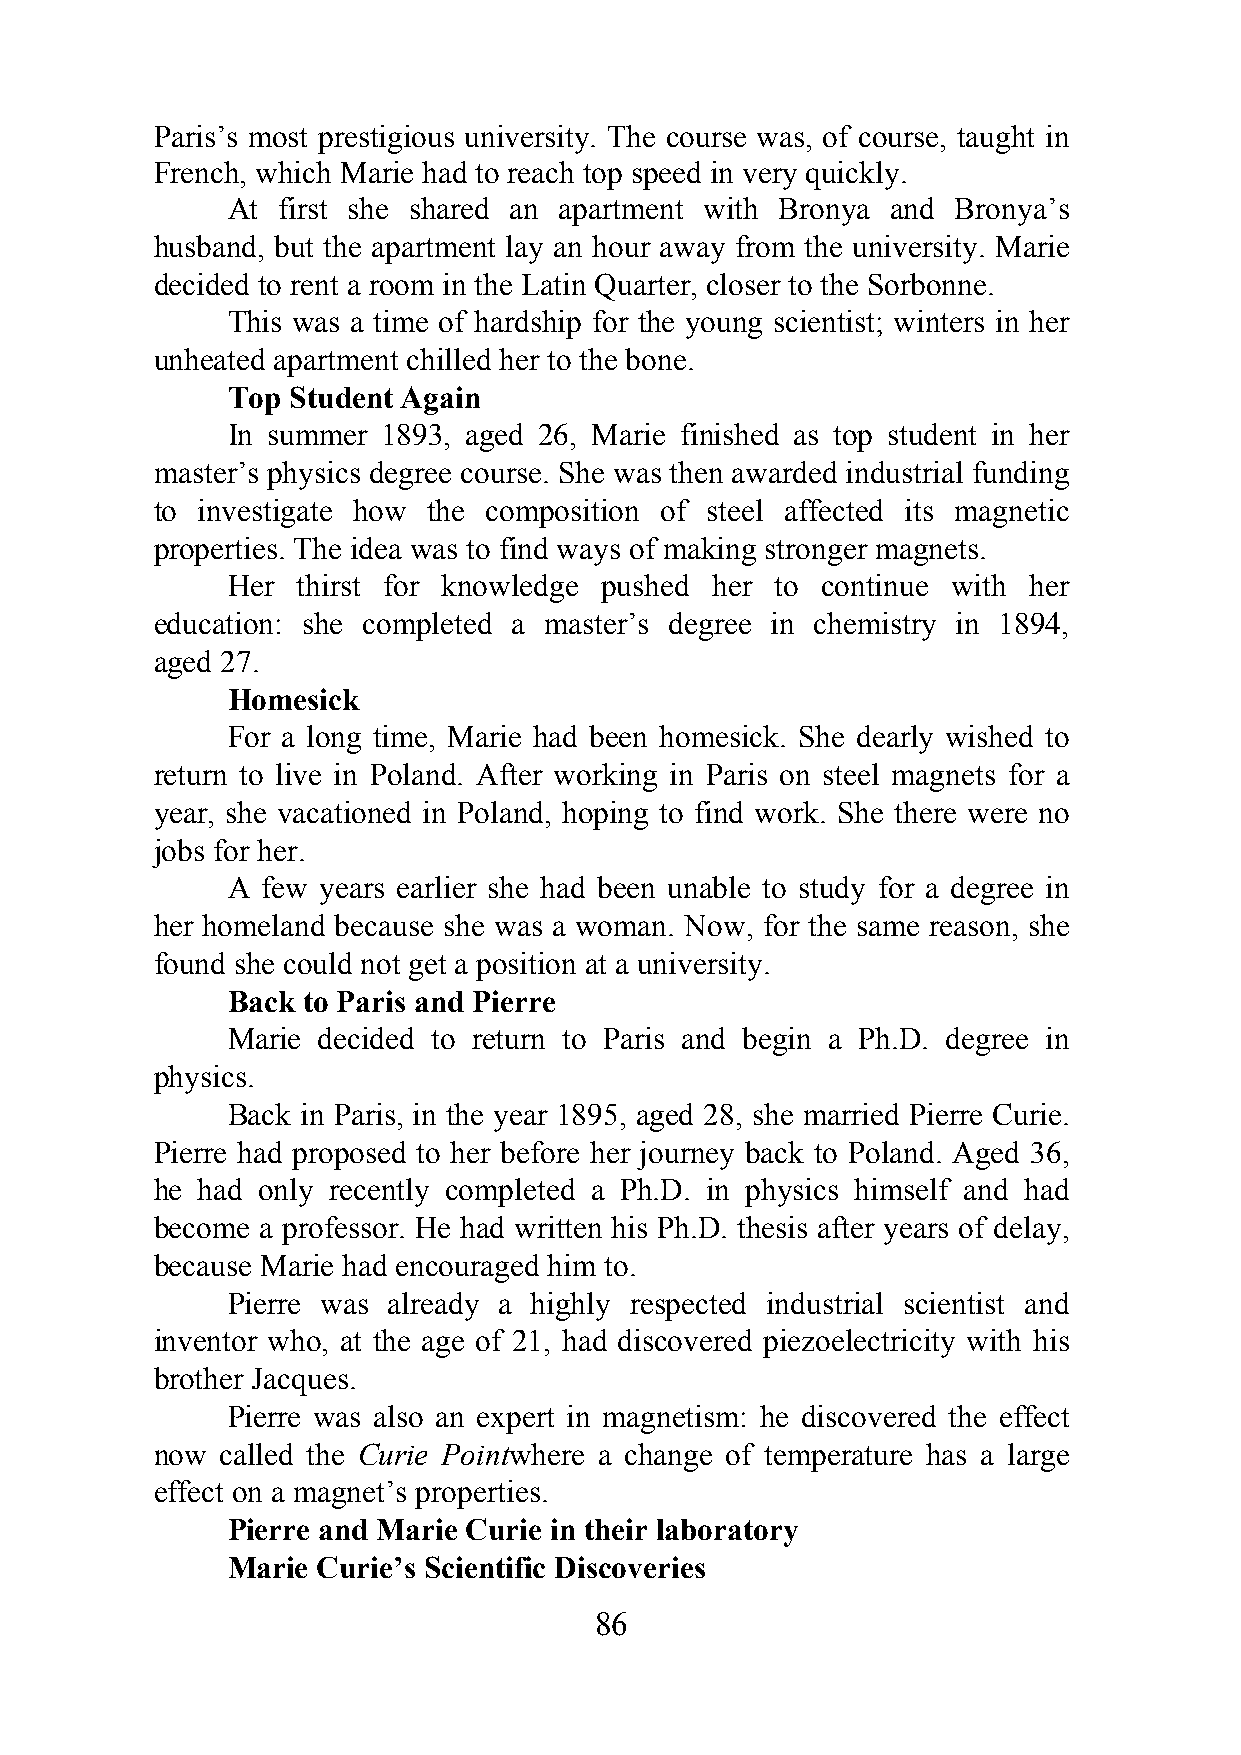
Paris’s most prestigious university. The course was, of course, taught in
 French, which Marie had to reach top speed in very quickly.
 At first she shared an apartment with Bronya and Bronya’s
 husband, but the apartment lay an hour away from the university. Marie
 decided to rent a room in the Latin Quarter, closer to the Sorbonne.
 This was a time of hardship for the young scientist; winters in her
 unheated apartment chilled her to the bone.
 Top Student Again
 In summer 1893, aged 26, Marie finished as top student in her
 master’s physics degree course. She was then awarded industrial funding
 to investigate how the composition of steel affected its magnetic
 properties. The idea was to find ways of making stronger magnets.
 Her  thirst for knowledge pushed her to continue with her
 education: she completed a master’s degree in chemistry in 1894,
 aged 27.
 Homesick
 For a long time, Marie had been homesick. She dearly wished to
 return to live in Poland. After working in Paris on steel magnets for a
 year, she vacationed in Poland, hoping to find work. She there were no
 jobs for her.
 A few years earlier she had been unable to study for a degree in
 her homeland because she was a woman. Now, for the same reason, she
 found she could not get a position at a university.
 Back to Paris and Pierre
 Marie decided to return to Paris and begin a Ph.D. degree in
 physics.
 Back in Paris, in the year 1895, aged 28, she married Pierre Curie.
 Pierre had proposed to her before her journey back to Poland. Aged 36,
 he had only recently completed a Ph.D. in physics himself and had
 become a professor. He had written his Ph.D. thesis after years of delay,
 because Marie had encouraged him to.
 Pierre was already a highly respected industrial scientist and
 inventor who, at the age of 21, had discovered piezoelectricity with his
 brother Jacques.
 Pierre was also an expert in magnetism: he discovered the effect
 now  called the Curie Pointwhere a change of temperature has a large
 effect on a magnet’s properties.
 Pierre and Marie Curie in their laboratory
 Marie Curie’s Scientific Discoveries
 86